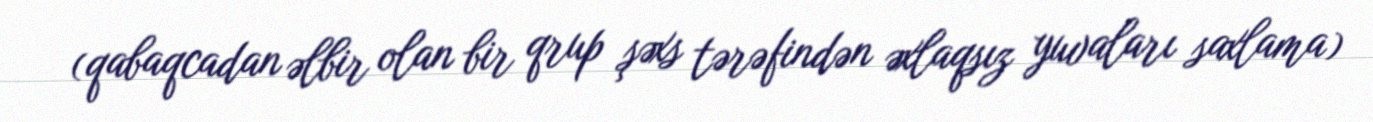
(qabaqcadan əlbir olan bir qrup şəxs tərəfindən əxlaqsız yuvaları saxlama)